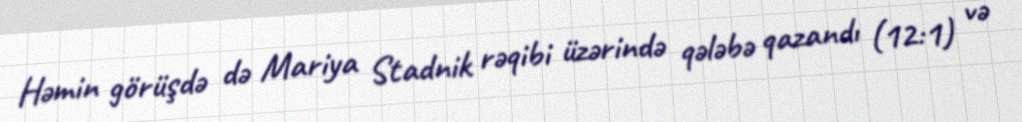
Həmin görüşdə də Mariya Stadnik rəqibi üzərində qələbə qazandı (12:1) və